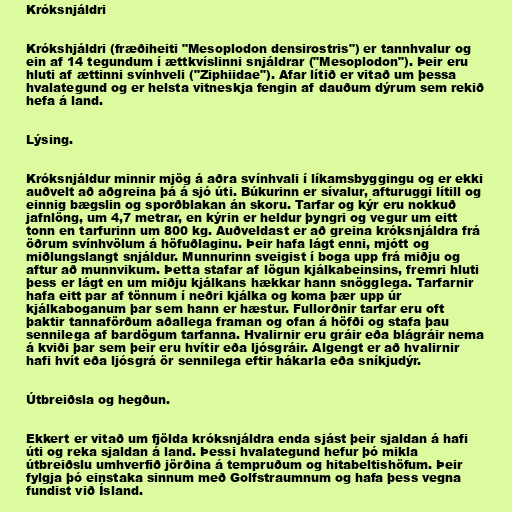
Króksnjáldri

Krókshjáldri (fræðiheiti "Mesoplodon densirostris") er tannhvalur og
ein af 14 tegundum í ættkvíslinni snjáldrar ("Mesoplodon"). Þeir eru
hluti af ættinni svínhveli ("Ziphiidae"). Afar lítið er vitað um þessa
hvalategund og er helsta vitneskja fengin af dauðum dýrum sem rekið
hefa á land.

Lýsing.

Króksnjáldur minnir mjög á aðra svínhvali í líkamsbyggingu og er ekki
auðvelt að aðgreina þá á sjó úti. Búkurinn er sívalur, afturuggi lítill og
einnig bægslin og sporðblakan án skoru. Tarfar og kýr eru nokkuð
jafnlöng, um 4,7 metrar, en kýrin er heldur þyngri og vegur um eitt
tonn en tarfurinn um 800 kg. Auðveldast er að greina króksnjáldra frá
öðrum svínhvölum á höfuðlaginu. Þeir hafa lágt enni, mjótt og
miðlungslangt snjáldur. Munnurinn sveigist í boga upp frá miðju og
aftur að munnvikum. Þetta stafar af lögun kjálkabeinsins, fremri hluti
þess er lágt en um miðju kjálkans hækkar hann snögglega. Tarfarnir
hafa eitt par af tönnum í neðri kjálka og koma þær upp úr
kjálkaboganum þar sem hann er hæstur. Fullorðnir tarfar eru oft
þaktir tannaförðum aðallega framan og ofan á höfði og stafa þau
sennilega af bardögum tarfanna. Hvalirnir eru gráir eða blágráir nema
á kviði þar sem þeir eru hvítir eða ljósgráir. Algengt er að hvalirnir
hafi hvít eða ljósgrá ör sennilega eftir hákarla eða sníkjudýr.

Útbreiðsla og hegðun.

Ekkert er vitað um fjölda króksnjáldra enda sjást þeir sjaldan á hafi
úti og reka sjaldan á land. Þessi hvalategund hefur þó mikla
útbreiðslu umhverfið jörðina á tempruðum og hitabeltishöfum. Þeir
fylgja þó einstaka sinnum með Golfstraumnum og hafa þess vegna
fundist við Ísland.